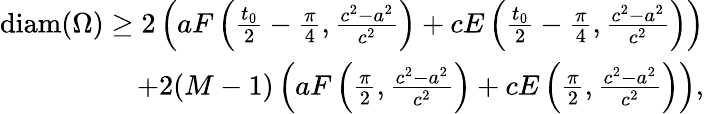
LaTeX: \begin{array}{r}{\mathrm{diam}(\Omega)\geq 2\left(aF\left(\frac{t_{0}}{2}-\frac{\pi}{4},\frac{c^{2}-a^{2}}{c^{2}}\right)+cE\left(\frac{t_{0}}{2}-\frac{\pi}{4},\frac{c^{2}-a^{2}}{c^{2}}\right)\right)}\\ {+2(M-1)\left(aF\left(\frac{\pi}{2},\frac{c^{2}-a^{2}}{c^{2}}\right)+cE\left(\frac{\pi}{2},\frac{c^{2}-a^{2}}{c^{2}}\right)\right),}\end{array}